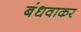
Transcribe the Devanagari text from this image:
बंधवाकर